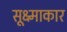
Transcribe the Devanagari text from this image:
सूक्ष्माकार